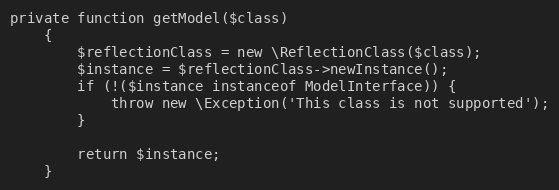
Language: PHP
private function getModel($class)
    {
        $reflectionClass = new \ReflectionClass($class);
        $instance = $reflectionClass->newInstance();
        if (!($instance instanceof ModelInterface)) {
            throw new \Exception('This class is not supported');
        }

        return $instance;
    }